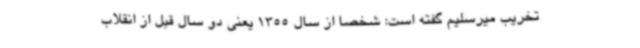
تخریب میرسلیم گفته است: شخصا از سال 1355 یعنی دو سال قبل از انقلاب